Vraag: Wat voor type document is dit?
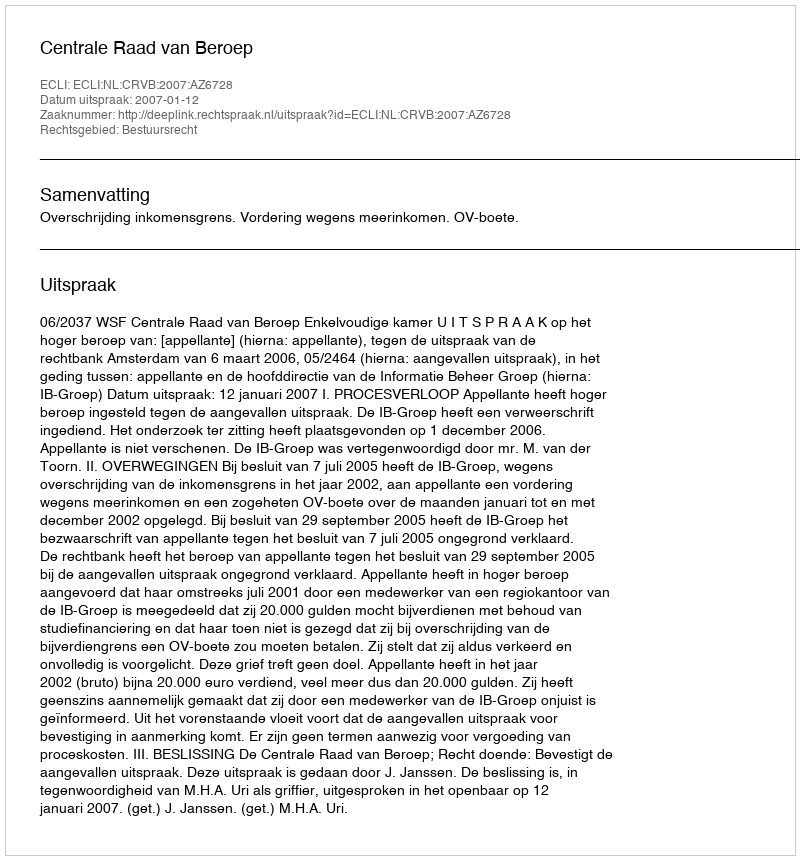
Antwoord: Uitspraak